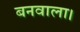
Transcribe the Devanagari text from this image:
बनवाला।